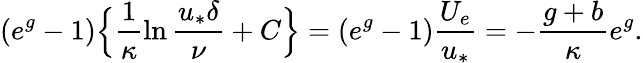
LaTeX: (e^{g}-1)\Big\{ \frac{1}{\kappa}\ln\frac{u_{*}\delta}{\nu}+C\Big\} =(e^{g}-1)\frac{U_{e}}{u_{*}}=-\frac{g+b}{\kappa}e^{g}.